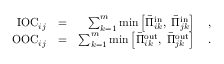
\begin{array} { r l r } { \mathrm { I O C } _ { i j } } & { = } & { \sum _ { k = 1 } ^ { m } \operatorname* { m i n } \left[ \bar { \Pi } _ { i k } ^ { \mathrm { i n } } , \; \bar { \Pi } _ { j k } ^ { \mathrm { i n } } \right] \quad , } \\ { \mathrm { O O C } _ { i j } } & { = } & { \sum _ { k = 1 } ^ { m } \operatorname* { m i n } \left[ \bar { \Pi } _ { i k } ^ { \mathrm { o u t } } , \; \bar { \Pi } _ { j k } ^ { \mathrm { o u t } } \right] \quad . } \end{array}